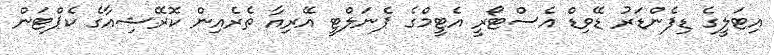
އިޓަލީގެ ޑިފެންޑަރު ޑޭވިޑް އެސްޓޯރީ އެޓީމްގެ ޕެނަލްޓީ އޭރިއާ ތެރެއިން ކޮރޭޝިއާގެ ކެޕްޓަން